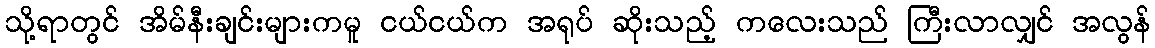
သို့ရာတွင် အိမ်နီးချင်းများကမူ ငယ်ငယ်က အရုပ် ဆိုးသည့် ကလေးသည် ကြီးလာလျှင် အလွန်